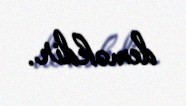
deməkdir.